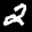
Label: 2